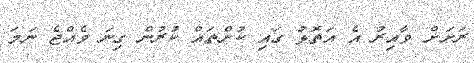
ރަށަށް ވާއިރު އެ އަތޮޅު ގައި ކުށްތައް ކުރުން ގިނަ ވެއްޖެ ނަމަ